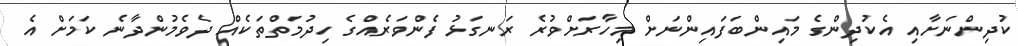
ކުދިންނަށާއި އެކުދިންގެ މައިންބަފައިންނަށް މިހާރަށްވުރެ ރަނގަޅު ފެންވަރެއްގެ ހިދުމަތްތަކެއް ދެވެމުންދާނެ ކަމަށް އެ